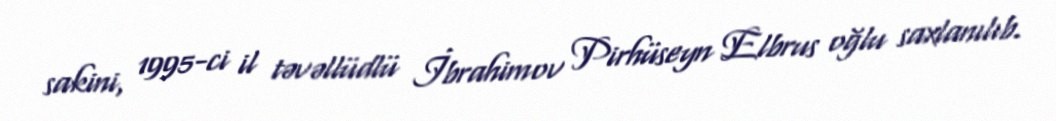
sakini, 1995-ci il təvəllüdlü İbrahimov Pirhüseyn Elbrus oğlu saxlanılıb.